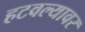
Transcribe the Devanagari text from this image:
हटवल्यावर